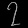
Digit: ၇